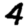
Digit: 4